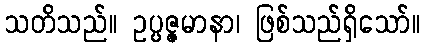
သတိသည်။ ဥပ္ပဇ္ဇမာနာ၊ ဖြစ်သည်ရှိသော်။